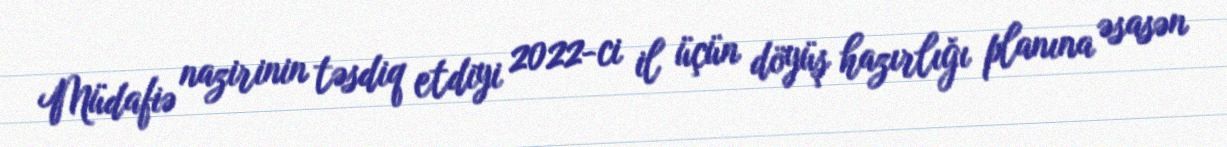
Müdafiə nazirinin təsdiq etdiyi 2022-ci il üçün döyüş hazırlığı planına əsasən